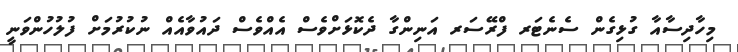
މިހާދިސާއާ ގުޅިގެން ސެނެޓަރ ފްރޭސަރ އަނިންގާ ދެކޮޅަށްވެސް އެއްވެސް ދައުވާއެއް ނުކުރުމަށް ފުލުހުންވަނީ